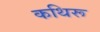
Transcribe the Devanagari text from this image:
कथिरू